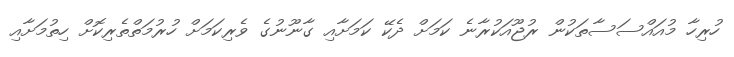
ހުރިހާ މުއައްސަސާތަކުން ރުޖޫއަކުރާނެ ކަމަށް ދެކޭ ކަމަށާއި ގާނޫނުގެ ވެރިކަމަށް ހުރުމަތްތެރިކޮށް ހިތުމަށާއި